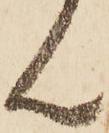
ん